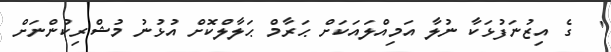
'  ގެ އިޒުނަފުޅަކާ ނުލާ އަމިއްލައަކަށް ޙަރާމް ޙަލާލްކޮށް އުޅުނު މުޝްރިކުންނަށް